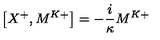
\left[ X ^ { + } , M ^ { K + } \right] = - \frac { i } { \kappa } M ^ { K + }